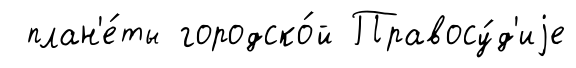
план'е́ты городско́й Правосу́д'иjе